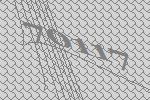
70117